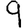
Digit: 9